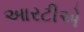
આરટીએ